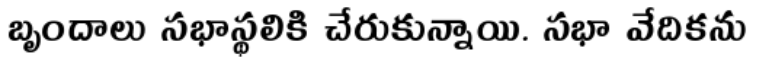
బృందాలు సభాస్థలికి చేరుకున్నాయి. సభా వేదికను